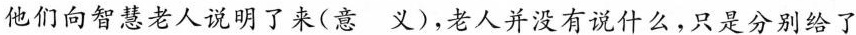
他们向智慧老人说明了来(意 义)，老人并没有说什么，只是分别给了